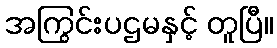
အကြွင်းပဌမနှင့် တူပြီ။